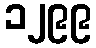
၁၂၉၉